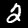
Label: 2